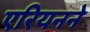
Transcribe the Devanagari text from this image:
एरियनने